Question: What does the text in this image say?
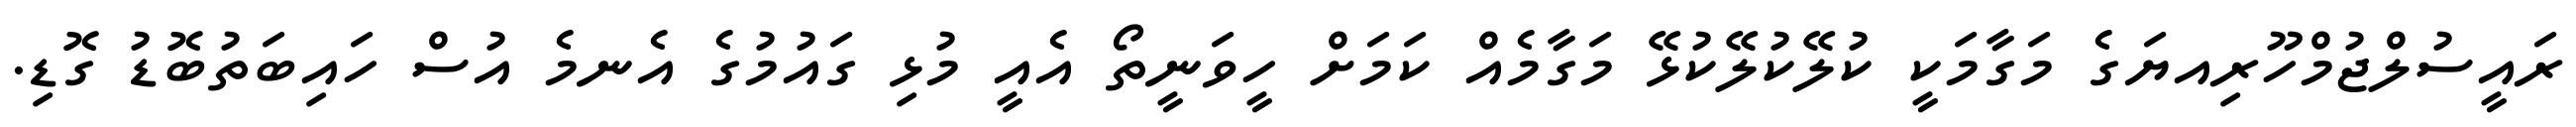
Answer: ރައީސުލްޖުމްހޫރިއޔަގެ މަގާމަކީ ކުލޭކުލޭކުޅޭ މަގާމެއް ކަމަށް ހީވަނީތޯ އެއީ މުޅި ގައުމުގެ އެނމެ އުސް ހައިބަތުބޮޑު ގޮޑި.